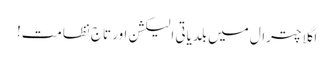
اگلا چترال میں بلدیاتی الیکشن اور تاجِ نظامت!